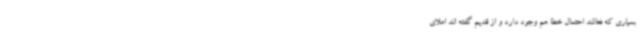
بسیاری که فعالند احتمال خطا هم وجود دارد و از قدیم گفته اند املای